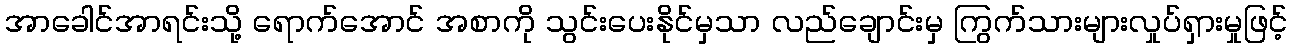
အာခေါင်အာရင်းသို့ ရောက်အောင် အစာကို သွင်းပေးနိုင်မှသာ လည်ချောင်းမှ ကြွက်သားများလှုပ်ရှားမှုဖြင့်